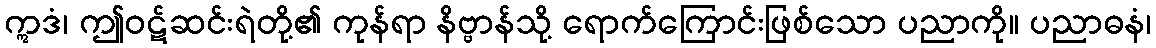
ဣဒံ၊ ဤဝဋ်ဆင်းရဲတို့၏ ကုန်ရာ နိဗ္ဗာန်သို့ ရောက်ကြောင်းဖြစ်သော ပညာကို။ ပညာဓနံ၊